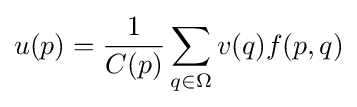
u(p)={1 \over C(p)}\sum _{q\in \Omega }v(q)f(p,q)